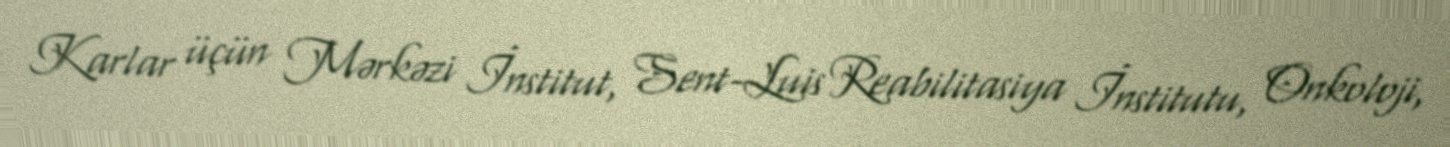
Karlar üçün Mərkəzi İnstitut, Sent-Luis Reabilitasiya İnstitutu, Onkoloji,